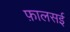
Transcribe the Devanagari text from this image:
फ़ालसई